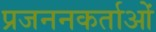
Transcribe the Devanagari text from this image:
प्रजननकर्ताओं